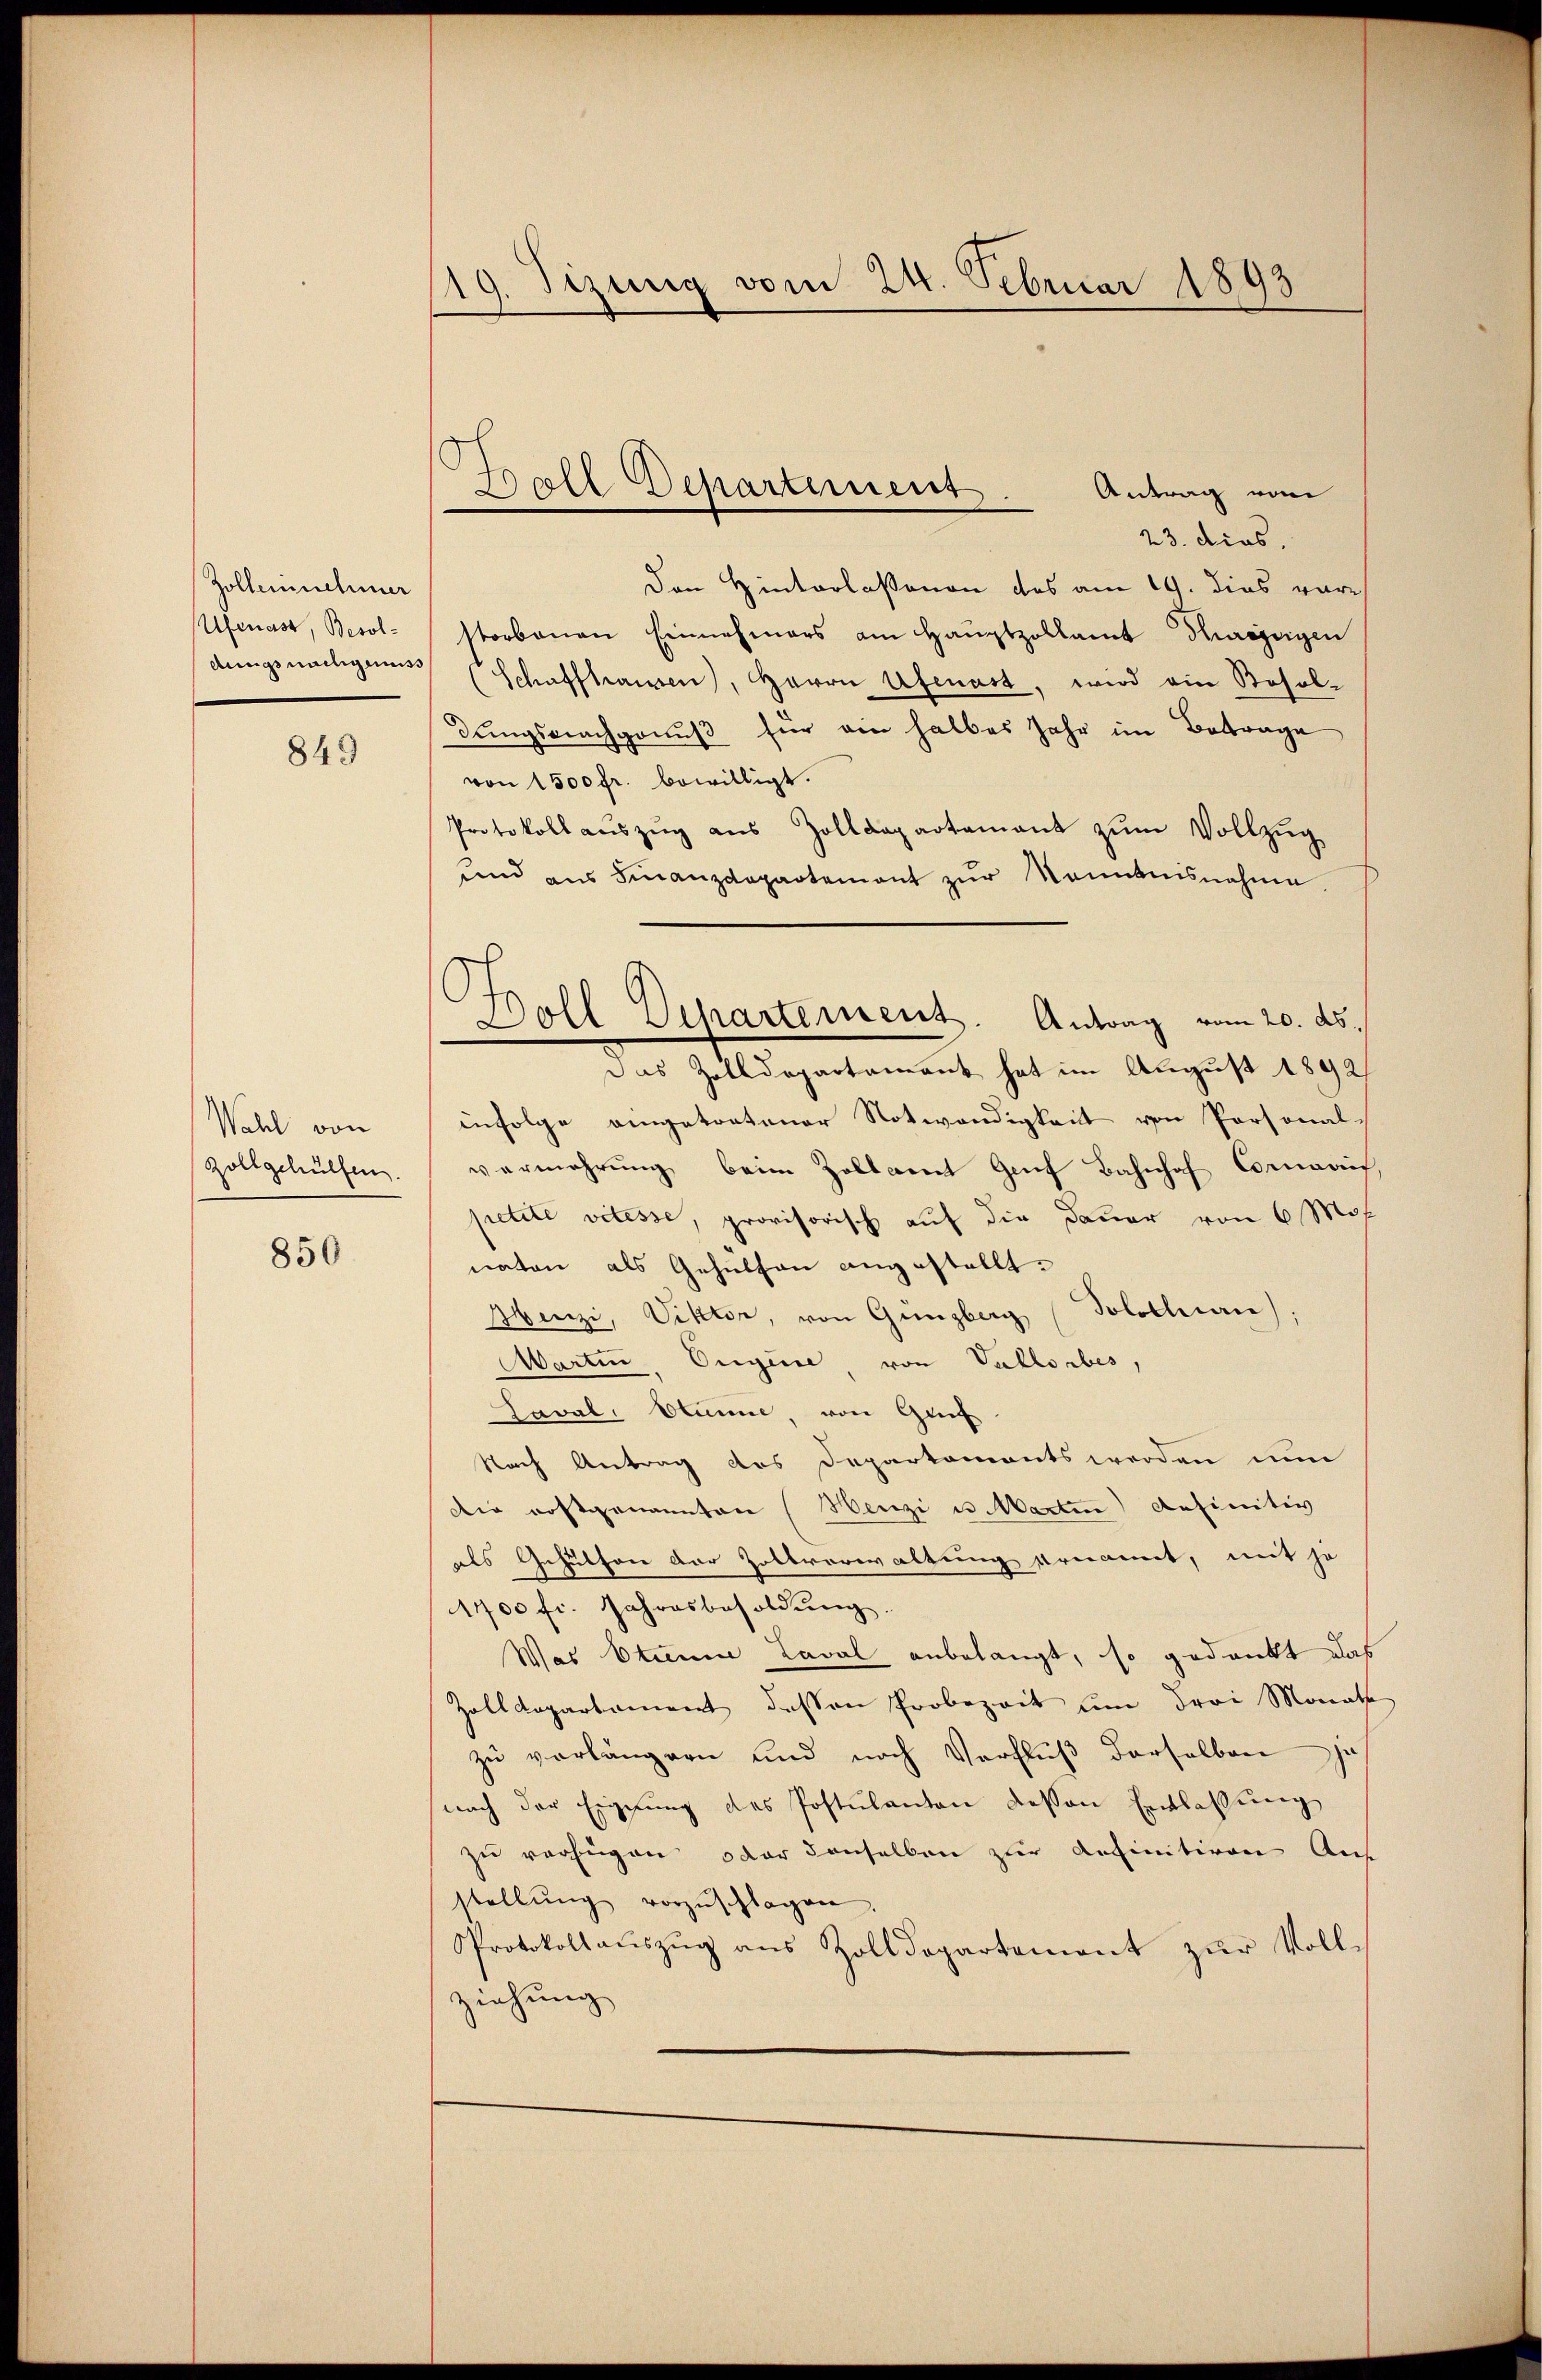
Zollernehmer
Ufenast, Besoldungsnachgemus,

849

Wahl von
Zollgehülfen.

850

19. Sizung vom 24. Februar 1893

Ball Departement.

Soll Departement. Antrag vom 20. ds.
Das Zolldepartement hat im August 1892/

Antrag vom
23. dies,
Den Hinterlassenen des am 19. dies vor-
storbenen Einnehmers am Hauptzollamt Thurögeigen
(Schaffhausen), Herrn Afenast, wird ein Bosol-
dungsnachgenuß für von halbes Jahr im Betrage
von 1500 fr. bewilligt.
Protokoll auszug aus Zolldepartamant zum Vollzug
und aus Finanzdepartement zur Kenntnisnahme
infolge eingetretener Notwendigkeit von Personal-
vermehrung beim Zollamt Genf Bahnhof Cornerief
petite vetesse, provisorisch auf die Dauer von 6 Mon
naten als Gehülten angestellt.
Henzi, Viktor, von Gunzberg (Solothane),
Martin, Ougine, von Vallorbes,
Laval. Stunde, von Grif
Nach Antrag des Departaments werden nun
Die rostgenannten (Henzi u. Marten definitiv
als Gehütten der Zollverwaltung ernannt, mit je
1700 fr. Jahresbesoldung.
Was Steine Laval anbelangt, so gedankt das
Zolldepartement dessen Probezeit um Frei Monath
zu vorlängern und nach Verfluß derselben je
(nach der Eignung des Postulanton dessen Entlassung
zu verfügen, oder denselben zur definitiven Auf
stellŭng vorzŭschlagen
Protokollauszug aus Zolldepartement zur Vollziehung